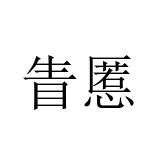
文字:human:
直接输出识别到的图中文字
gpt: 眚慝